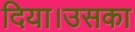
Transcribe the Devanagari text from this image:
दिया।उसका